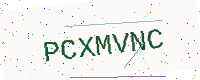
Text: PCXMVNC